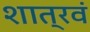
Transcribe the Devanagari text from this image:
शात्रवं